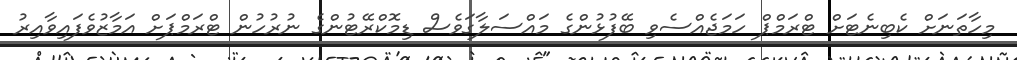
މިހާތަނަށް ކެބިނެޓަށް ޓްރަމްޕް ހަމަޖެއްސެވި ބޭފުޅުންގެ މައްސަލާގަވެސް ޑިމޮކްރޭޓުންގެ ނުރުހުން ޓްރަމްޕަށް އަމާޒުވެފައިވާއިރު